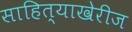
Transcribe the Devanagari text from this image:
साहित्याखेरीज